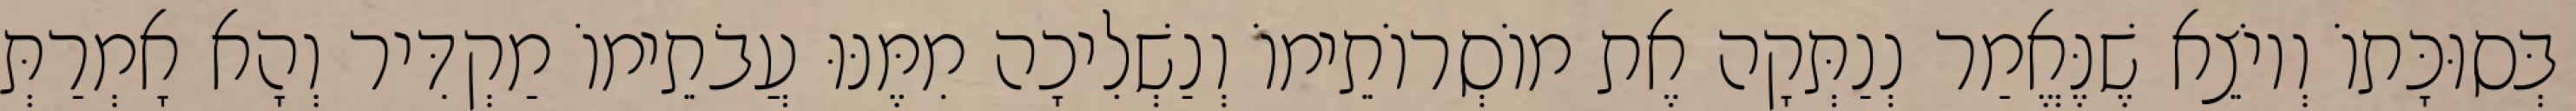
בְּסוּכָּתוֹ וְיוֹצֵא שֶׁנֶּאֱמַר נְנַתְּקָה אֶת מוֹסְרוֹתֵימוֹ וְנַשְׁלִיכָה מִמֶּנּוּ עֲבֹתֵימוֹ מַקְדִּיר וְהָא אָמְרַתְּ